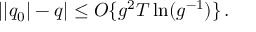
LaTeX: | | q _ { 0 } | - q | \leq O \{ g ^ { 2 } T \ln ( g ^ { - 1 } ) \} \, .